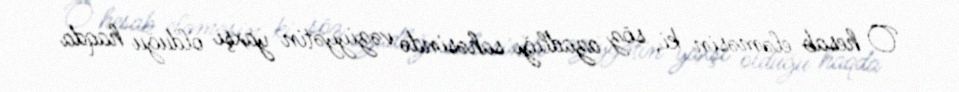
O hesab eləməsin ki, söz azadlığı sahəsində vəziyyətin yaxşı olduğu haqda